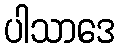
ပါသာဒေ